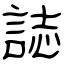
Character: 誌